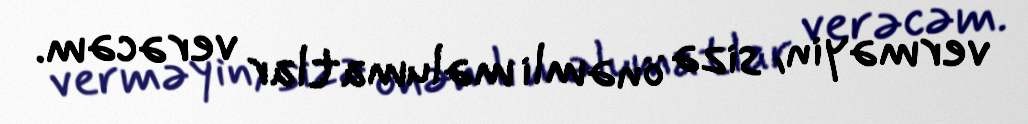
verməyin, sizə önəmli məlumatlar verəcəm.